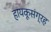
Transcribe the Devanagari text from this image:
हायकूसंग्रह